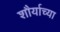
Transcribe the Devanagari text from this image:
शौर्याच्या